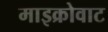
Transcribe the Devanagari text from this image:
माइक्रोवाट